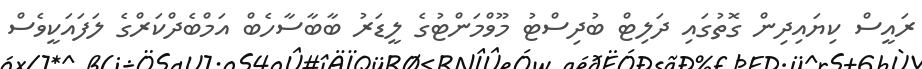
ރައީސް ކިޔައިދިން ގޮތުގައި ދަލިޓް ބުދިސްޓު މޫވްމަންޓުގެ ލީޑަރު ބާބާސާހެބް އަމްބެދްކަރްގެ ލަފައަކީވެސް